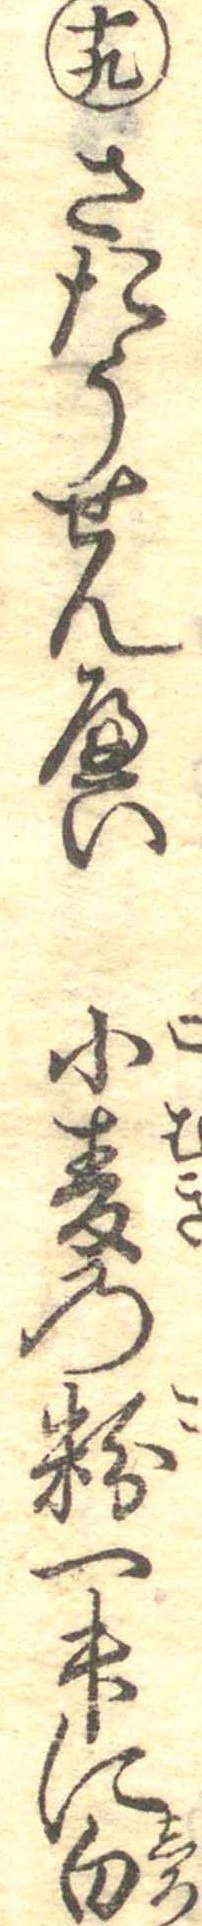
十九さたうせんへい小麦の粉一升に白